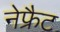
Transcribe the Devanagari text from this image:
नेफ्रैट